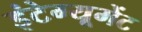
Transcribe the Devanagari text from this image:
इंटेग्यूमेंट